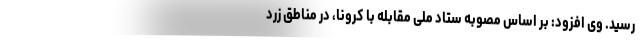
رسید. وی افزود: بر اساس مصوبه ستاد ملی مقابله با کرونا، در مناطق زرد